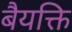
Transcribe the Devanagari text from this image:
बैयक्ति